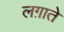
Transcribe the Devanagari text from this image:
लग़ाते